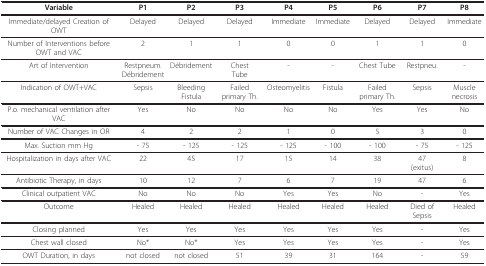
<table><thead><tr><td><b>Variable</b></td><td><b>P1</b></td><td><b>P2</b></td><td><b>P3</b></td><td><b>P4</b></td><td><b>P5</b></td><td><b>P6</b></td><td><b>P7</b></td><td><b>P8</b></td></tr></thead><tbody><tr><td>Immediate/delayed Creation of OWT</td><td>Delayed</td><td>Delayed</td><td>Delayed</td><td>Immediate</td><td>Immediate</td><td>Delayed</td><td>Delayed</td><td>Immediate</td></tr><tr><td>Number of Interventions before OWT and VAC</td><td>2</td><td>1</td><td>1</td><td>0</td><td>0</td><td>1</td><td>1</td><td>0</td></tr><tr><td>Art of Intervention</td><td>Restpneum.Débridement</td><td>Débridement</td><td>ChestTube</td><td>-</td><td>-</td><td>Chest Tube</td><td>Restpneu.</td><td>-</td></tr><tr><td>Indication of OWT+VAC</td><td>Sepsis</td><td>Bleeding Fistula</td><td>Failed primary Th.</td><td>Osteomyelitis</td><td>Fistula</td><td>Failed primary Th.</td><td>Sepsis</td><td>Muscle necrosis</td></tr><tr><td>P.o. mechanical ventilation after VAC</td><td>Yes</td><td>No</td><td>No</td><td>No</td><td>No</td><td>Yes</td><td>Yes</td><td>No</td></tr><tr><td>Number of VAC Changes in OR</td><td>4</td><td>2</td><td>2</td><td>1</td><td>0</td><td>5</td><td>3</td><td>0</td></tr><tr><td>Max. Suction mm Hg</td><td>- 75</td><td>- 125</td><td>- 125</td><td>- 125</td><td>- 100</td><td>- 100</td><td>- 75</td><td>- 125</td></tr><tr><td>Hospitalization in days after VAC</td><td>22</td><td>45</td><td>17</td><td>15</td><td>14</td><td>38</td><td>47(exitus)</td><td>8</td></tr><tr><td>Antibiotic Therapy, in days</td><td>10</td><td>12</td><td>7</td><td>6</td><td>7</td><td>19</td><td>47</td><td>6</td></tr><tr><td>Clinical outpatient VAC</td><td>No</td><td>No</td><td>No</td><td>Yes</td><td>Yes</td><td>No</td><td>-</td><td>Yes</td></tr><tr><td>Outcome</td><td>Healed</td><td>Healed</td><td>Healed</td><td>Healed</td><td>Healed</td><td>Healed</td><td>Died of Sepsis</td><td>Healed</td></tr><tr><td>Closing planned</td><td>Yes</td><td>Yes</td><td>Yes</td><td>Yes</td><td>Yes</td><td>Yes</td><td>-</td><td>Yes</td></tr><tr><td>Chest wall closed</td><td>No*</td><td>No*</td><td>Yes</td><td>Yes</td><td>Yes</td><td>Yes</td><td>-</td><td>Yes</td></tr><tr><td>OWT Duration, in days</td><td>not closed</td><td>not closed</td><td>51</td><td>39</td><td>31</td><td>164</td><td>-</td><td>59</td></tr></tbody></table>